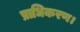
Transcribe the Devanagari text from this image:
प्राधिकरण।